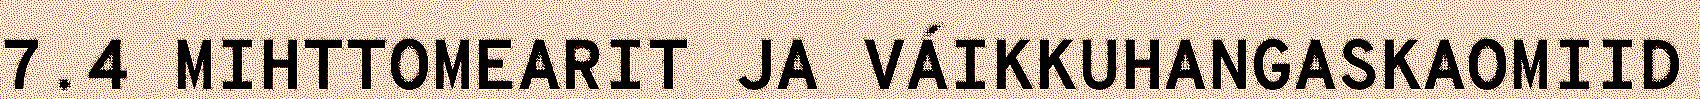
7.4 MIHTTOMEARIT JA VÁIKKUHANGASKAOMIID